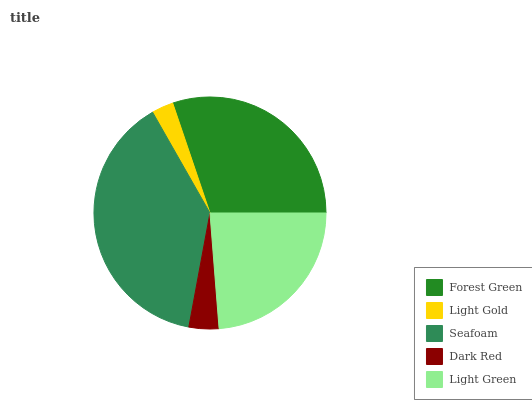
| Forest Green | Light Gold | Seafoam | Dark Red | Light Green |
 | --- | --- | --- | --- | --- |
 | 30.2% | 3.04% | 38.8% | 4.17% | 23.7% |